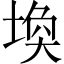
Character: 𪣷